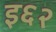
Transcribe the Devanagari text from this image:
इ६२